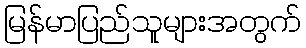
မြန်မာပြည်သူများအတွက်